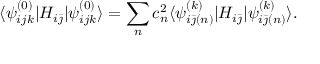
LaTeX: \langle \psi _ { i j k } ^ { ( 0 ) } | H _ { i \bar { \jmath } } | \psi _ { i j k } ^ { ( 0 ) } \rangle = \sum _ { n } c _ { n } ^ { 2 } \langle \psi _ { i \bar { \jmath } ( n ) } ^ { ( k ) } | H _ { i \bar { \jmath } } | \psi _ { i \bar { \jmath } ( n ) } ^ { ( k ) } \rangle .